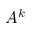
A ^ { k }